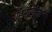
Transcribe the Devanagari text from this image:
हिमसमूह